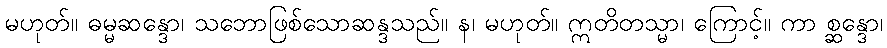
မဟုတ်။ ဓမ္မဆန္ဒော၊ သဘောဖြစ်သောဆန္ဒသည်။ န၊ မဟုတ်။ ဣတိတသ္မာ၊ ကြောင့်။ ကာ စ္ဆန္ဒော၊